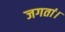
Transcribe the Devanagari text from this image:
जगतां।